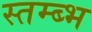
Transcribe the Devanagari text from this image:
स्तम्ब्भ